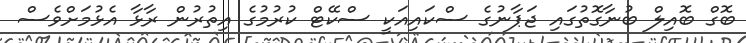
ބޮގް ބޮއިލް ބުނާގޮތުގައި ޖަޕާނުގެ ސްކައިއަކީ ސްކޭޓް ކުރުމުގެ އިތުރުން ރާޅާ އެޅުމަށްވެސް